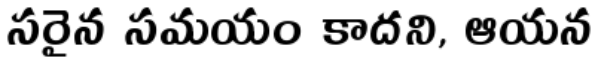
సరైన సమయం కాదని, ఆయన